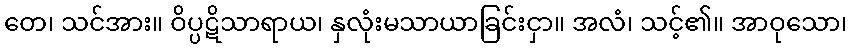
တေ၊ သင်အား။ ဝိပ္ပဋိသာရာယ၊ နှလုံးမသာယာခြင်းငှာ။ အလံ၊ သင့်၏။ အာဝုသော၊